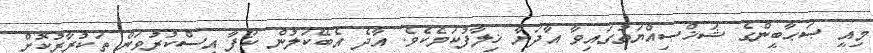
މިއީ ޞަޙާބީންގެ ޝަޚްޞިއްޔަތުގައިވާ އާދަޔާ ޚިލާފުކަމެކެވެ. އާދެ އެބޭކަލުން ކޯފާ އިސްކުރުވަން ތަކުރާރުކޮށް